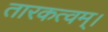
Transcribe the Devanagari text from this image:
तारकत्वम्।